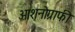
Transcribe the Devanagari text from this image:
ओशनोग्राफी